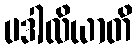
ပဒါလိယာတိ